Education (Scotland) (War Service Superannuation) Act, 1939, 1939
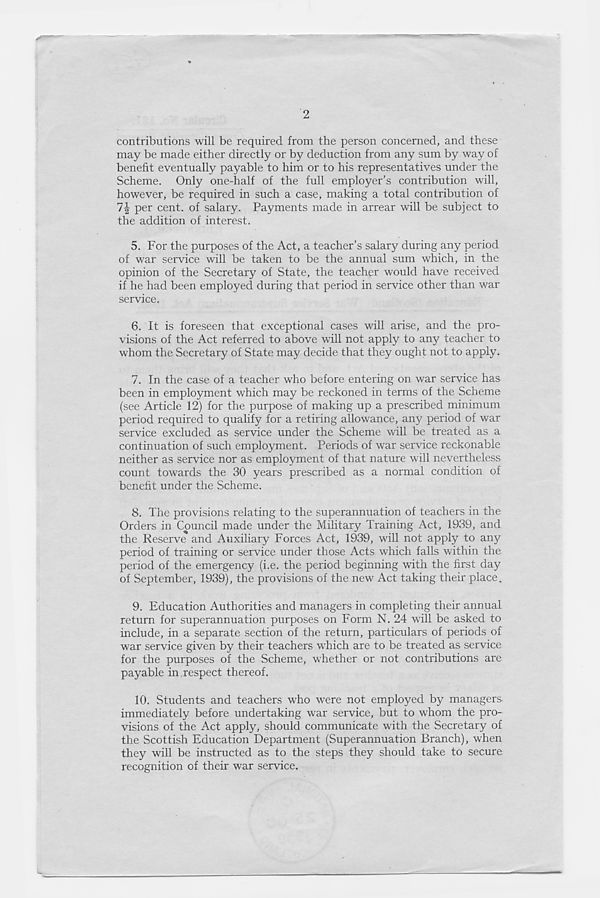
2
contributions will be required from the person concerned, and these
may be made either directly or by deduction from any sum by way of
benefit eventually payable to him or to his representatives under the
Scheme. Only one-half of the full employer’s contribution will,
however, be required in such a case, making a total contribution of
per cent, of salary. Payments made in arrear will be subject to
the addition of interest.
5. For the purposes of the Act, a teacher’s salary during any period
of war service will be taken to be the annual sum which, in the
opinion of the Secretary of State, the teacher would have received
if he had been employed during that period in service other than war
service.
6. It is foreseen that exceptional cases will arise, and the pro-
visions of the Act referred to above will not apply to any teacher to
whom the Secretary of State may decide that they ought not to apply.
7. In the case of a teacher who before entering on war service has
been in employment which may be reckoned in terms of the Scheme
(see Article 12) for the purpose of making up a prescribed minimum
period required to qualify for a retiring allowance, any period of war
service excluded as service under the Scheme will be treated as a
continuation of such employment. Periods of war service reckonable
neither as service nor as employment of that nature will nevertheless
count towards the 30 years prescribed as a normal condition of
benefit under the Scheme.
8. The provisions relating to the superannuation of teachers in the
Orders in Council made under the Military Training Act, 1939, and
the Reserve and Auxiliary Forces Act, 1939, will not apply to any
period of training or service under those Acts which falls within the
period of the emergency (i.e. the period beginning with the first day
of September, 1939), the provisions of the new Act taking their place..
9. Education Authorities and managers in completing their annual
return for superannuation purposes on Form N. 24 will be asked to
include, in a separate section of the return, particulars of periods of
war service given by their teachers which are to be treated as service
for the purposes of the Scheme, whether or not contributions are
payable in respect thereof.
10. Students and teachers who were not employed by managers
immediately before undertaking war service, but to whom the pro-
visions of the Act apply, should communicate with the Secretary of
the Scottish Education Department (Superannuation Branch), when
they will be instructed as to the steps they should take to secure
recognition of their war service.